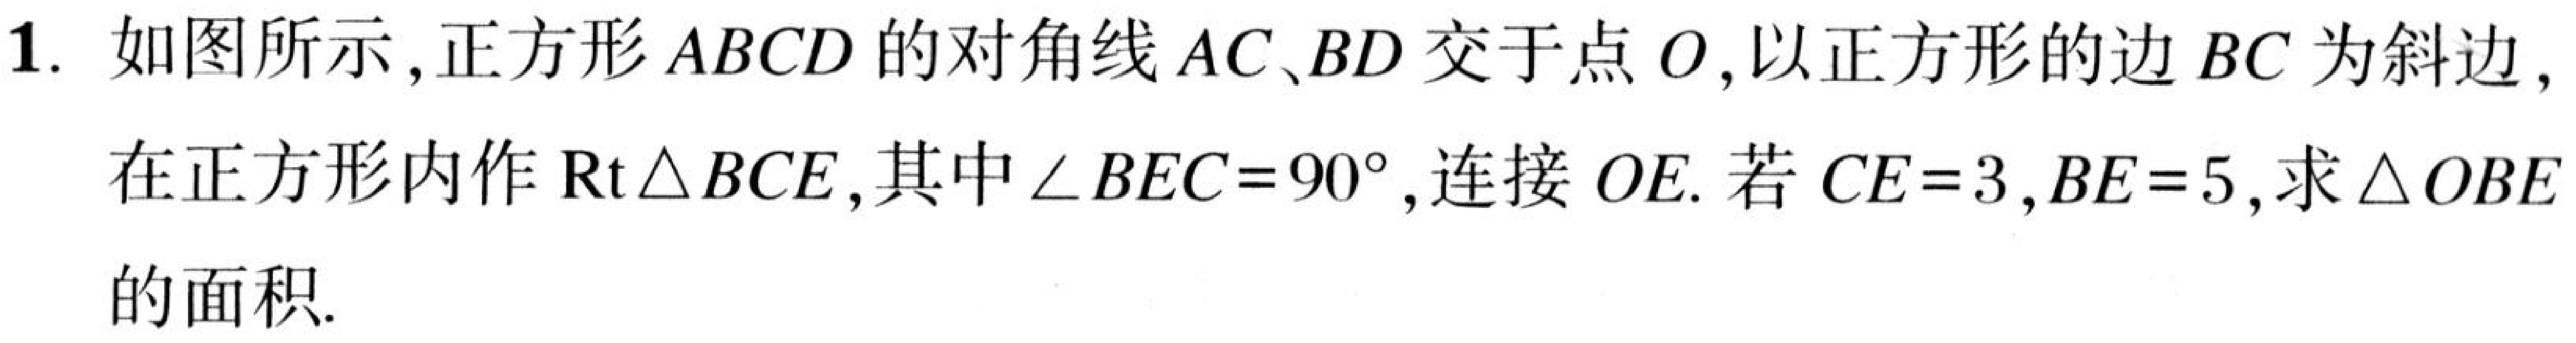
1. 如图所示,正方形\(ABCD\)的对角线\(AC、BD\)交于点\(O\),以正方形的边\(BC\)为斜边,
在正方形内作\(\mathrm{Rt}\triangle BCE\),其中\(\angle BEC = 90^{\circ}\),连接\(OE\). 若\(CE = 3,BE = 5\),求\(\triangle OBE\)
的面积.